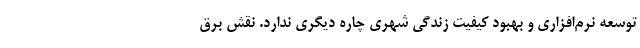
توسعه نرم‌افزاری و بهبود کیفیت زندگی شهری چاره دیگری ندارد. نقش برق